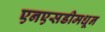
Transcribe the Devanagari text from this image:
एनएसडीमधून